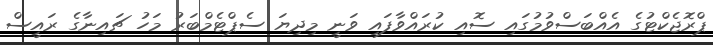
ޕްރޮޖެކްޓުގެ އެއްބަސްވުމުގައި ސޮއި ކުރައްވާފައި ވަނީ މިދިޔަ ސެޕްޓެމްބަރު މަހު ޗައިނާގެ ރައީސް